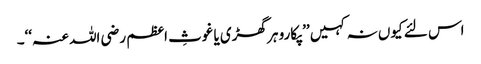
اس لئے کیوں نہ کہیں ’’پکارو ہر گھڑی یا غوثِ اعظم رضی اللہ عنہ‘‘۔